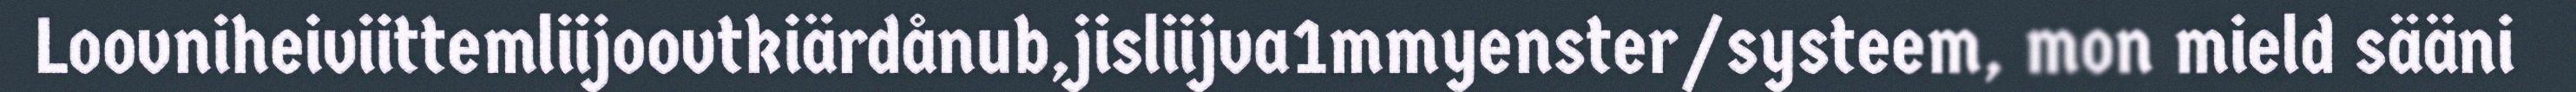
Loovniheiviittemliijoovtkiärdånub,jisliijva1mmyenster/systeem, mon mield sääni